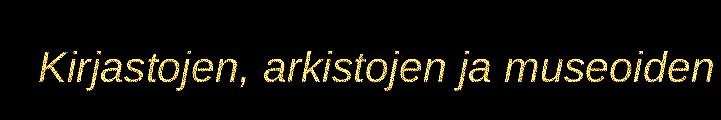
Kirjastojen, arkistojen ja museoiden